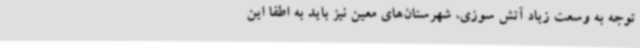
توجه به وسعت زیاد آتش سوزی، شهرستان‌های معین نیز باید به اطفا این